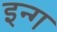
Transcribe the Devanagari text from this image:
इन्ग